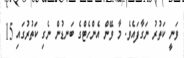
ވަނީ ކަތުރު ނަގާފައެވެ. މާ ވޭން އެންހެޓްގެ ބަނޑުން ނެގި ކަތުރުގައި 15